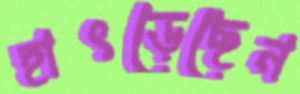
হাৎড়েছেন